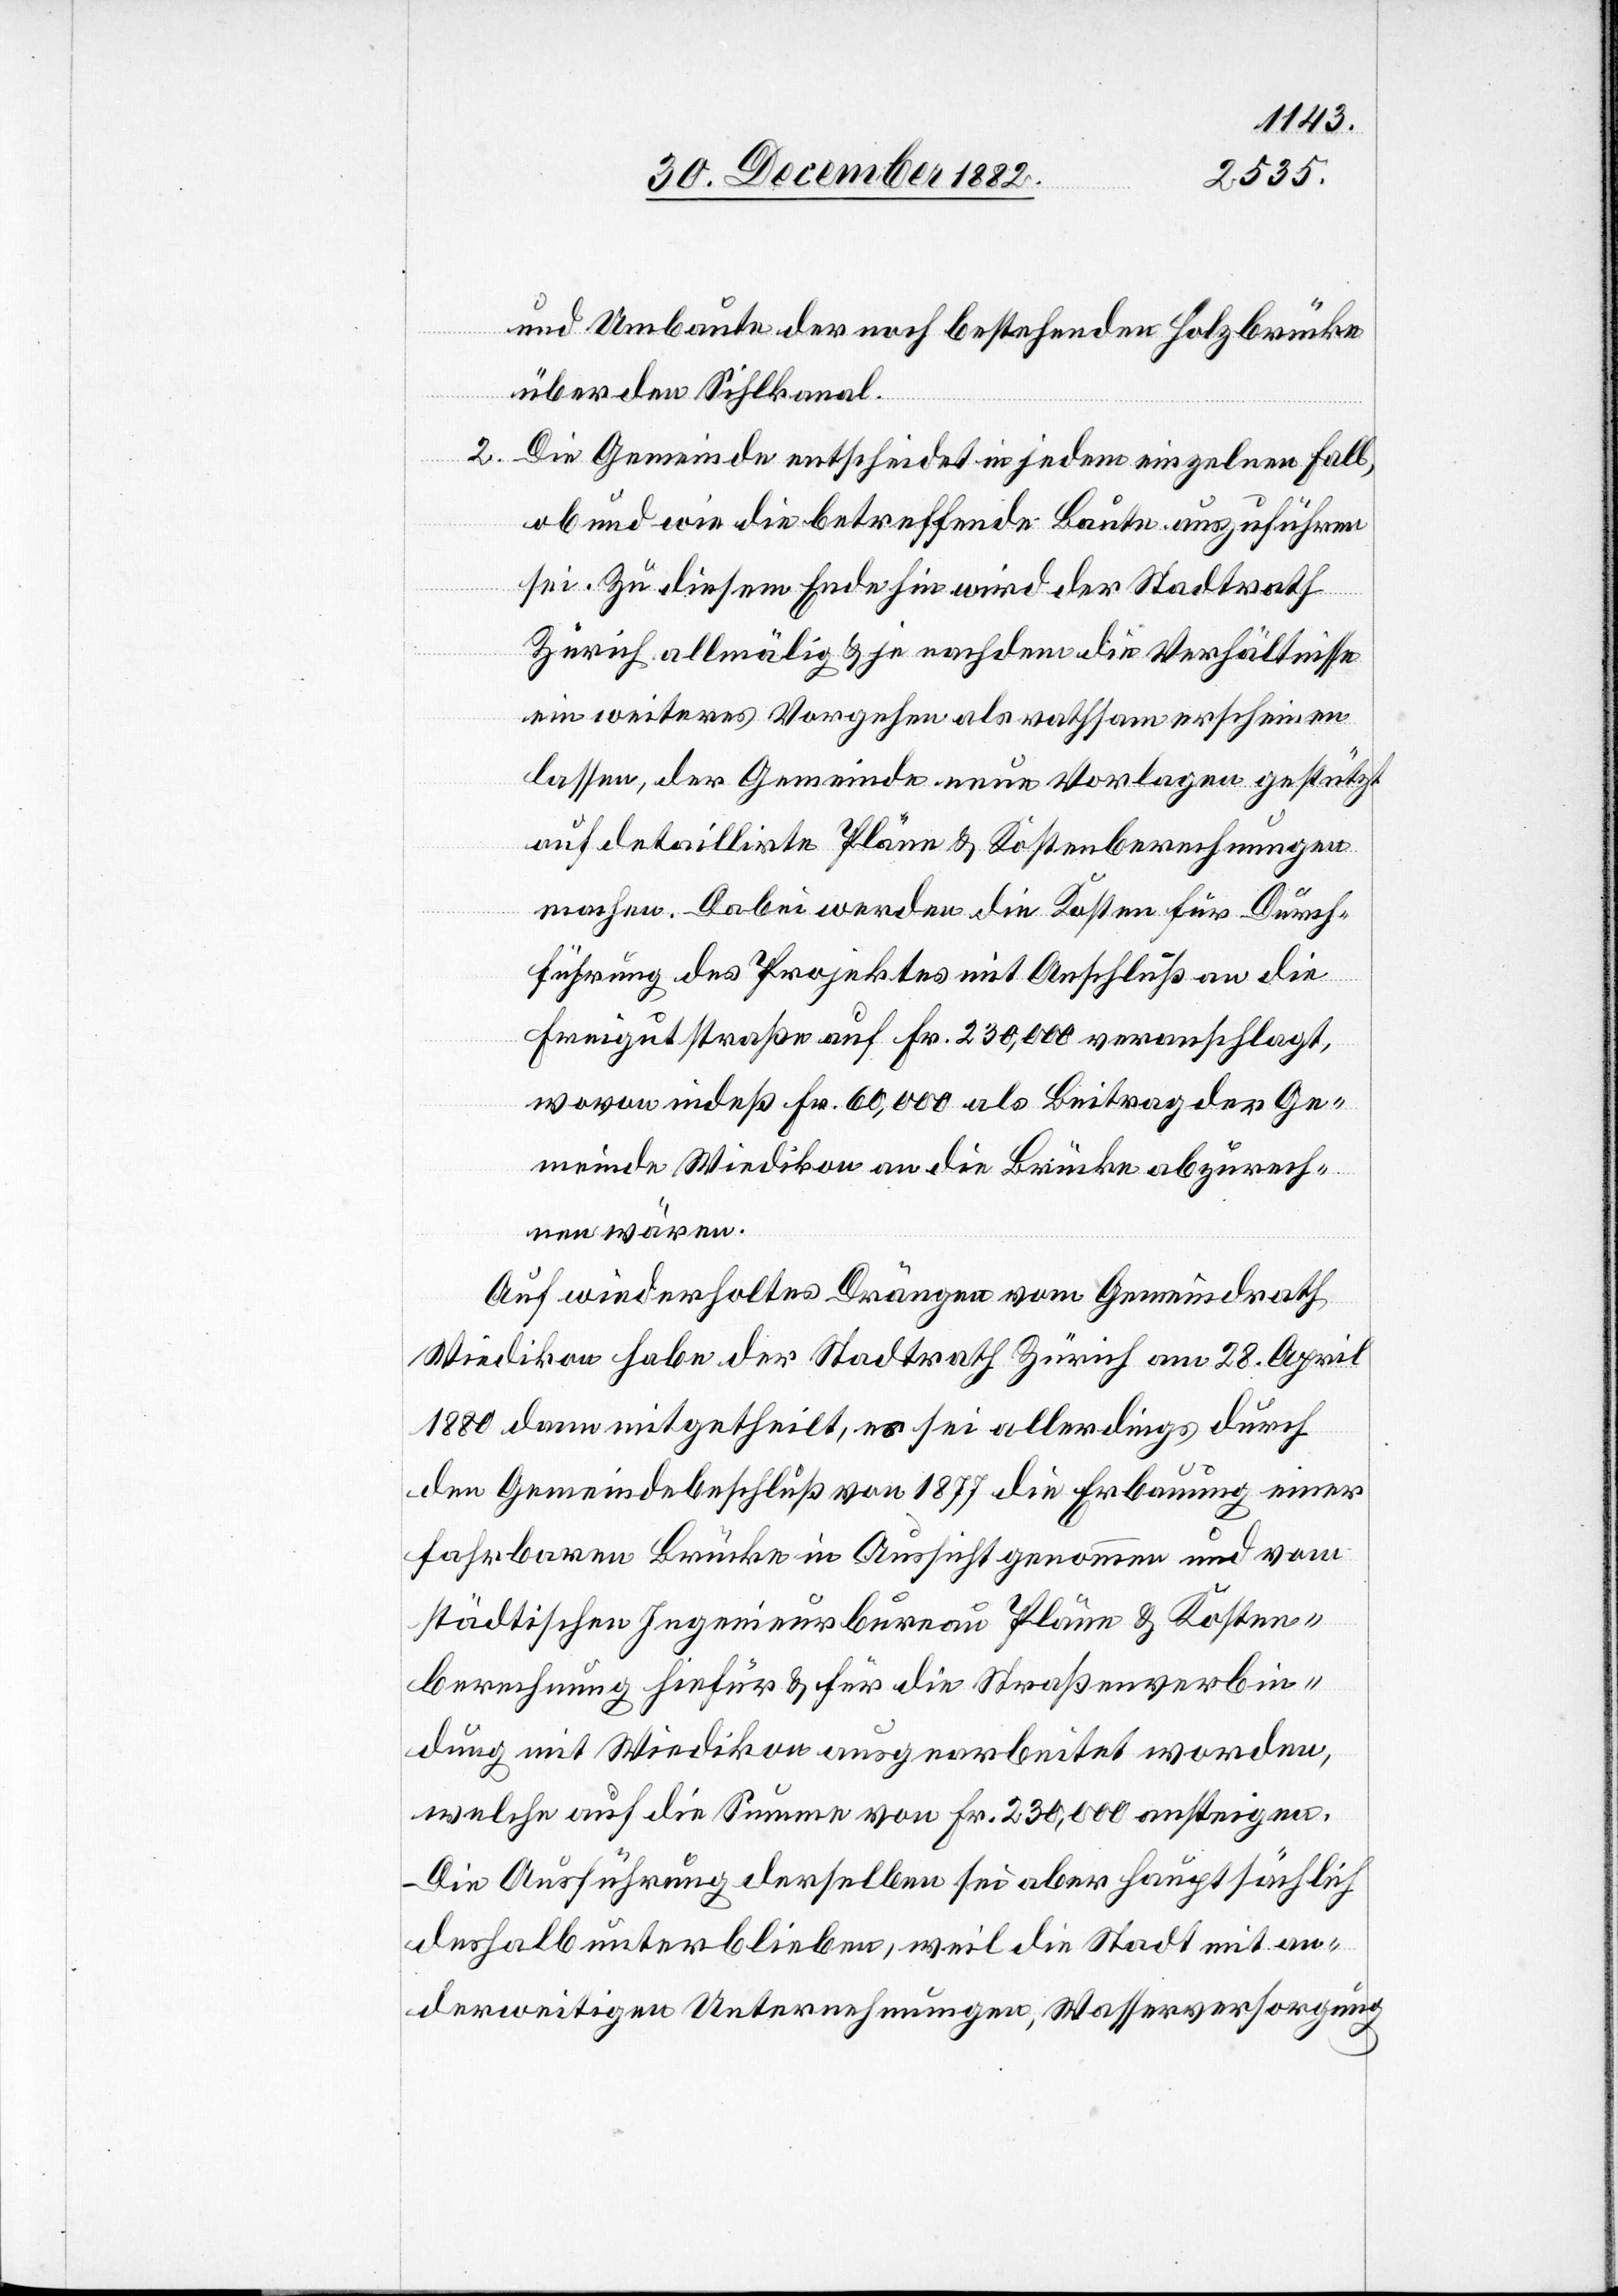
und Umbaute der noch bestehenden Holzbrücke
über den Sihlkanal.
2. Die Gemeinde entscheidet in jedem einzelnen Fall,
ob und wie die betreffende Baute auszuführen
sei. Zu diesem Ende hin wird der Stadtrath
Zürich allmälig & je nachdem die Verhältnisse
ein weiteres Vorgehen als rathsam erscheinen
lassen, der Gemeinde neue Vorlagen gestützt
auf detaillirte Pläne & Kostenberechnungen
machen. Dabei werden die Kosten für Durch¬
führung des Projektes mit Anschluß an die
Freigutstraße auf Fr. 230,000 veranschlagt,
wovon indeß Fr. 60,000 als Beitrag der Ge¬
meinde Wiedikon an die Brücke abzurech¬
nen wären.
Auf wiederholtes Drängen vom Gemeindrath
Wiedikon habe der Stadtrath Zürich am 28. April
1880 dann mitgetheilt, es sei allerdings durch
den Gemeindebeschluß von 1877 die Erbauung einer
fahrbaren Brücke in Aussicht genommen und vom
städtischen Ingenieurbureau Pläne & Kosten¬
berechnung hierfür & für die Straßenverbin¬
dung mit Wiedikon ausgearbeitet worden,
welche auf die Summe von Fr. 230,000 ansteige.
Die Ausführung derselben sei aber hauptsächlich
deshalb unterblieben, weil die Stadt mit an¬
derweitigen Unternehmungen, Wasserversorgung